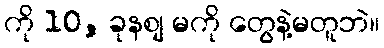
ကို 10, ခုနစျ မကို တွေနဲ့မတူဘဲ။